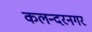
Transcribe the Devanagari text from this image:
कलन्दरनगर